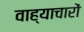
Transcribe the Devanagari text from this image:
वाह्याचारों